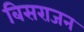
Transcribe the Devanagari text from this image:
बिसराजन